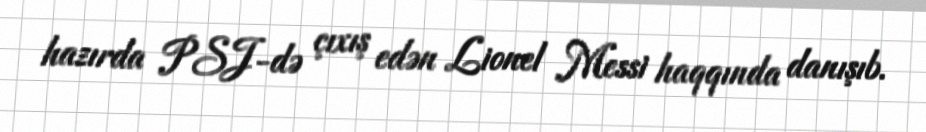
hazırda PSJ-də çıxış edən Lionel Messi haqqında danışıb.